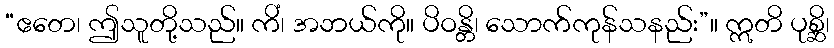
“ဧတေ၊ ဤသူတို့သည်။ ကိံ၊ အဘယ်ကို။ ပိဝန္တိ၊ သောက်ကုန်သနည်း”။ ဣတိ ပုစ္ဆိ၊